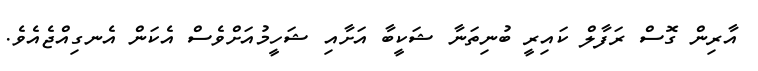
އާރިން ގޮސް ރަފާލް ކައިރީ ބުނިތަނާ ޝަކީބާ އަށާއި ޝަހީމުއަށްވެސް އެކަން އެނގިއްޖެއެވެ.